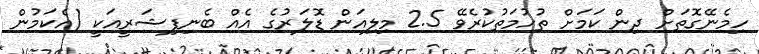
ހިމެނޭގޮތަށް ދިން ކަމަށް ތުހުމަތުކުރެވޭ 2.5 މިލިއަން ޑޮލަރުގެ އެއް ބެނިފިޝަރީއަކީ (އެކަމުން